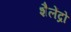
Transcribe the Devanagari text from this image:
शैलेंद्रो